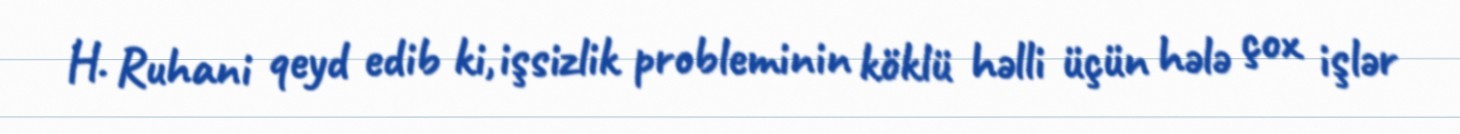
H. Ruhani qeyd edib ki, işsizlik probleminin köklü həlli üçün hələ çox işlər